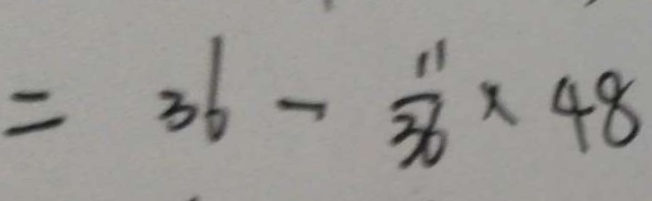
= 3 6 - \frac { 1 1 } { 3 6 } \times 4 8